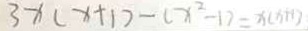
3 x ( x + 1 ) - ( x ^ { 2 } - 1 ) = x ( x + 1 )